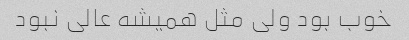
خوب بود ولی مثل همیشه عالی نبود